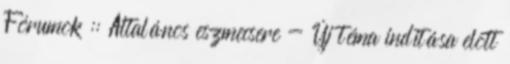
Fórumok :: Általános eszmecsere - Új téma indítása elõtt